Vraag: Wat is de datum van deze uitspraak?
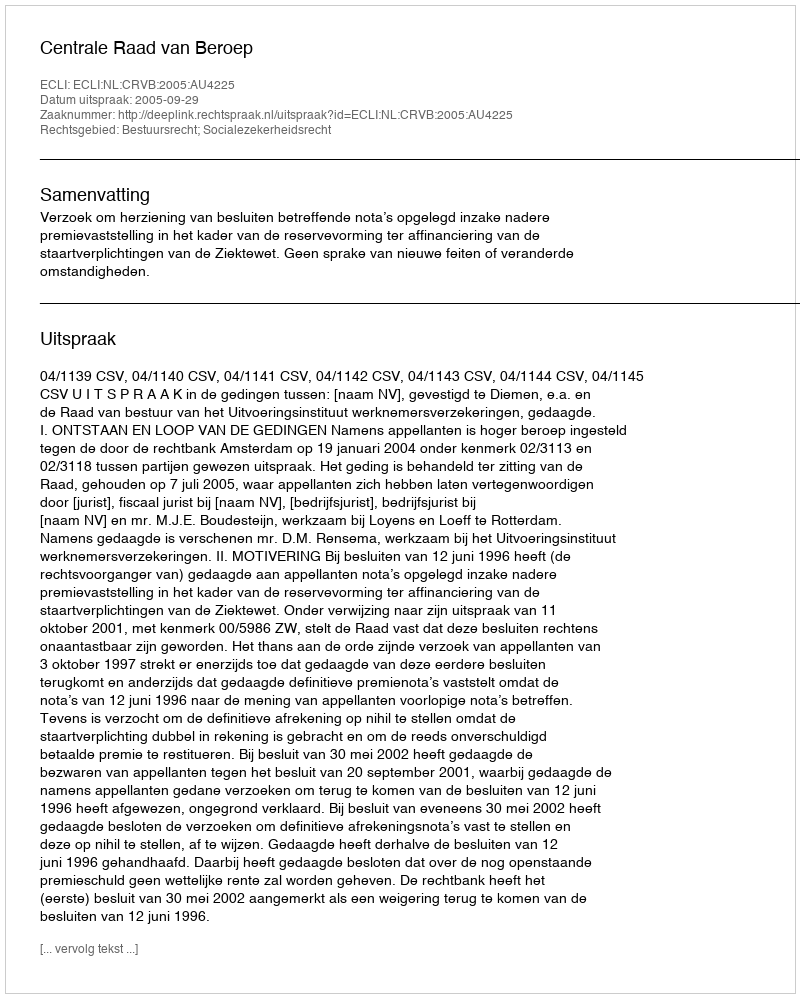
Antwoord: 2005-09-29